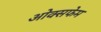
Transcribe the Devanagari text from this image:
ओक्सफेम